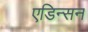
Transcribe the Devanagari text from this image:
एडिन्सन